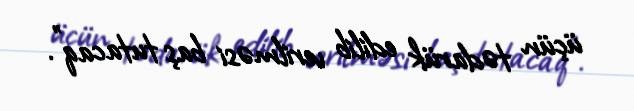
üçün tədarük edilib verilməsi baş tutacaq”.